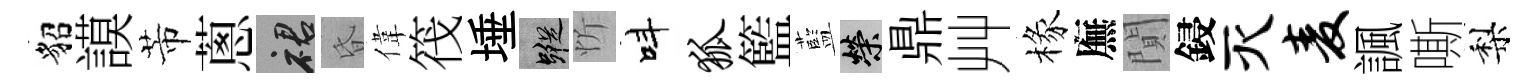
貂謨芾蔥裙昏偉筏埵蹤忻呌狐籃藍榮鼎艸椽廡閴鋟灭麦諷嘶梨